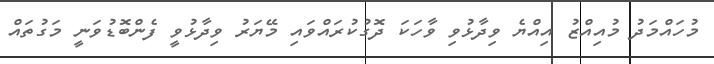
މުހައްމަދު މުއިއްޒު އިއްޔެ ވިދާޅުވި ވާހަކަ ދޮގުކުރައްވައި މޭޔަރު ވިދާޅުވީ ފެންބޮޑުވަނީ މަގުތައް